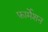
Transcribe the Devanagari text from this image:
फ़ार्मेशन